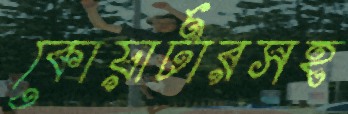
কোয়ার্টারসহ